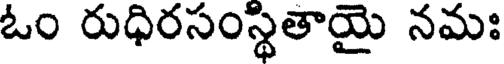
ఓం రుధిరసంస్థితాయై నమః